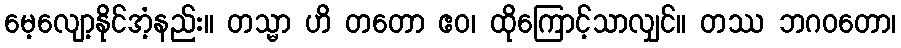
မေ့လျော့နိုင်အံ့နည်း။ တသ္မာ ဟိ တတော ဧဝ၊ ထိုကြောင့်သာလျှင်။ တဿ ဘဂဝတော၊